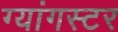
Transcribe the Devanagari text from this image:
ग्यांगस्टर